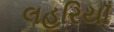
લહરિયાઁ